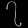
Digit: ၇